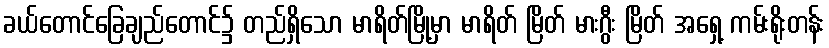
ခယ်တောင်ခြေချည်တောင်၌ တည်ရှိသော မာရိတ်မြို့မှာ မာရိတ် မြိတ် မားဂွီး မြိတ် အရှေ့ ကမ်းရိုးတန်း